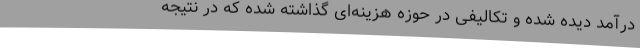
درآمد دیده شده و تکالیفی در حوزه هزینه‌ای گذاشته شده که در نتیجه